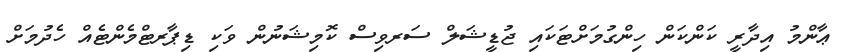
ޢާންމު އިދާރީ ކަންކަން ހިންގުމަށްޓަކައި ޖުޑީޝަލް ސަރވިސް ކޮމިޝަނުން ވަކި ޑިޕާރޓްމެންޓެއް ހެދުމަށް